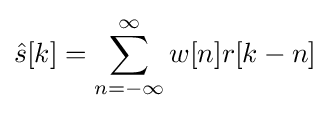
{\hat {s}}[k]=\sum _{n=-\infty }^{\infty }w[n]r[k-n]